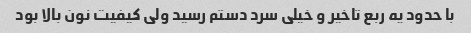
با حدود یه ربع تاخیر و خیلی سرد دستم رسید ولی کیفیت نون بالا بود